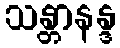
သန္တာနန္ဒ